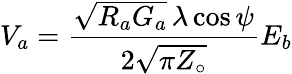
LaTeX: V_{a}={\frac{{\sqrt{R_{a}G_{a}}}\, \lambda\cos\psi}{2{\sqrt{\pi Z_{\circ}}}}}E_{b}